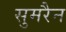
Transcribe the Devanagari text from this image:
सुमरैन